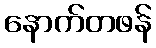
နောက်တဖန်